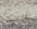
شيء